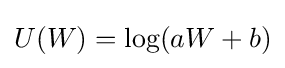
U(W)={\text{log}}(aW+b)